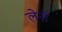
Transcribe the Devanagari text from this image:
लेनॉ